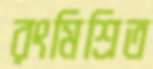
রংমিশ্রিত